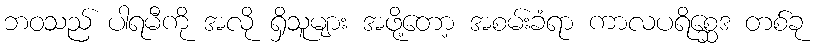
ဘဝသည် ပါရမီကို အလို ရှိသူများ အဖို့တော့ အစမ်းခံရာ ကာလပရိစ္ဆေဒ တစ်ခု